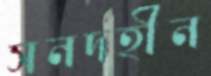
সনদহীন